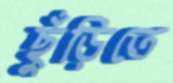
ছুঁড়িতে